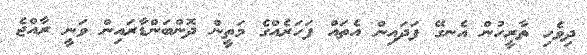
ދިވެހި ތާރީހުން އެނގޭ ފަދައިން އެތައް ފަހަރެއްގެ މަތީން ދޮންބަންޑާރައިން ވަނީ ރާއްޖެ